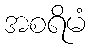
အစရိမံ